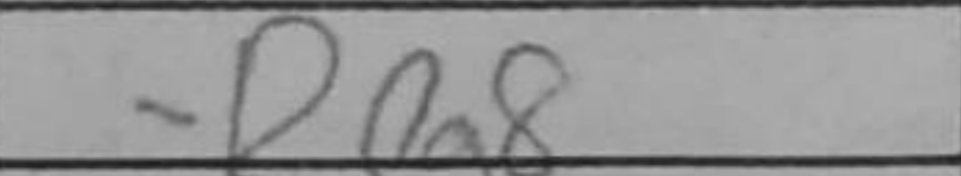
Transcription: Ra8